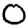
Digit: 0